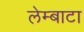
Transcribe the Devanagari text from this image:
लेम्बाटा